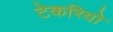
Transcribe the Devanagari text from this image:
टेकरियो